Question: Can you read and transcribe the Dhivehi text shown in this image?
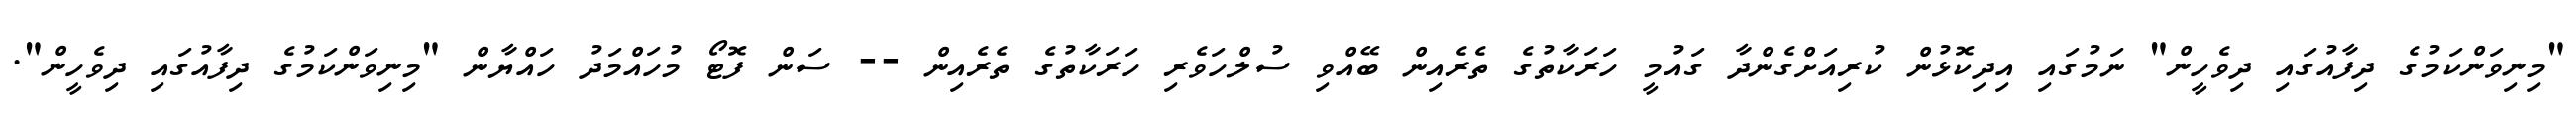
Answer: "މިނިވަންކަމުގެ ދިފާއުގައި ދިވެހީން" ނަމުގައި އިދިކޮޅުން ކުރިއަށްގެންދާ ގައުމީ ހަރަކާތުގެ ތެރެއިން ބޭއްވި ސުލްހަވެރި ހަރަކާތުގެ ތެރެއިން -- ސަން ފޮޓޯ މުހައްމަދު ހައްޔާން "މިނިވަންކަމުގެ ދިފާއުގައި ދިވެހީން".